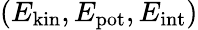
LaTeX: (E_{\mathrm{kin}},E_{\mathrm{pot}},E_{\mathrm{int}})